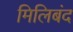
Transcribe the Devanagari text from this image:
मिलिबंद